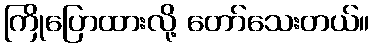
ကြိုပြောထားလို့ တော်သေးတယ်။